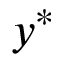
y ^ { * }